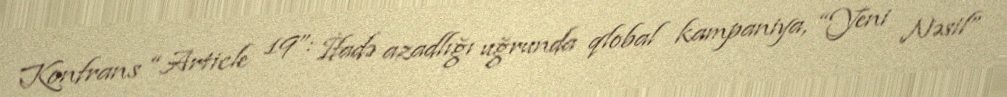
Konfrans “Article 19”: İfadə azadlığı uğrunda qlobal kampaniya, “Yeni Nəsil”